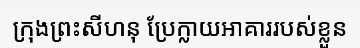
ក្រុងព្រះសីហនុ ប្រែក្លាយអាគាររបស់ខ្លួន